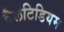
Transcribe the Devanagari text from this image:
वैलेटिडियम